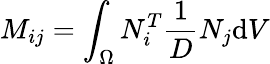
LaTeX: M_{ij}=\int_{\Omega}{N_{i}^{T}\frac{1}{D}{N_{j}}\mathrm{d}V}